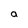
Character: a